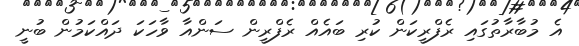
އެ މުބާރާތުގައި ރެފްރީކަން ކުރި ބައެއް ރެފްރީން ސަންއާ ވާހަކަ ދައްކަމުން ބުނީ